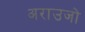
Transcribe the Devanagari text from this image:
अराउजो